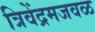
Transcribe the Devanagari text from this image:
त्रिवेंद्रमजवळ